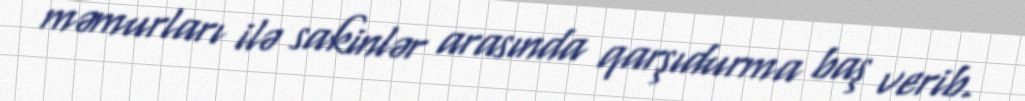
məmurları ilə sakinlər arasında qarşıdurma baş verib.